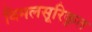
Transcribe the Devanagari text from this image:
विमलसूरिकृत